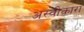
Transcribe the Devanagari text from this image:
अस्वीकारा